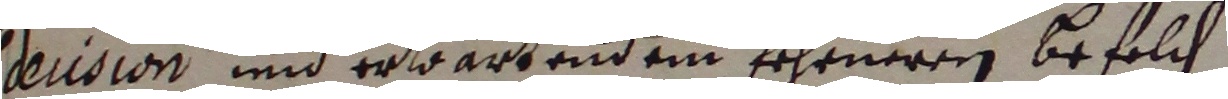
decidion und erwartend em fehrneren befelch.